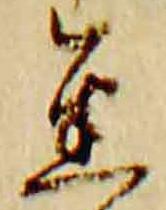
金